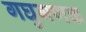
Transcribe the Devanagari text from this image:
गघुगणक